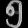
Digit: ၅